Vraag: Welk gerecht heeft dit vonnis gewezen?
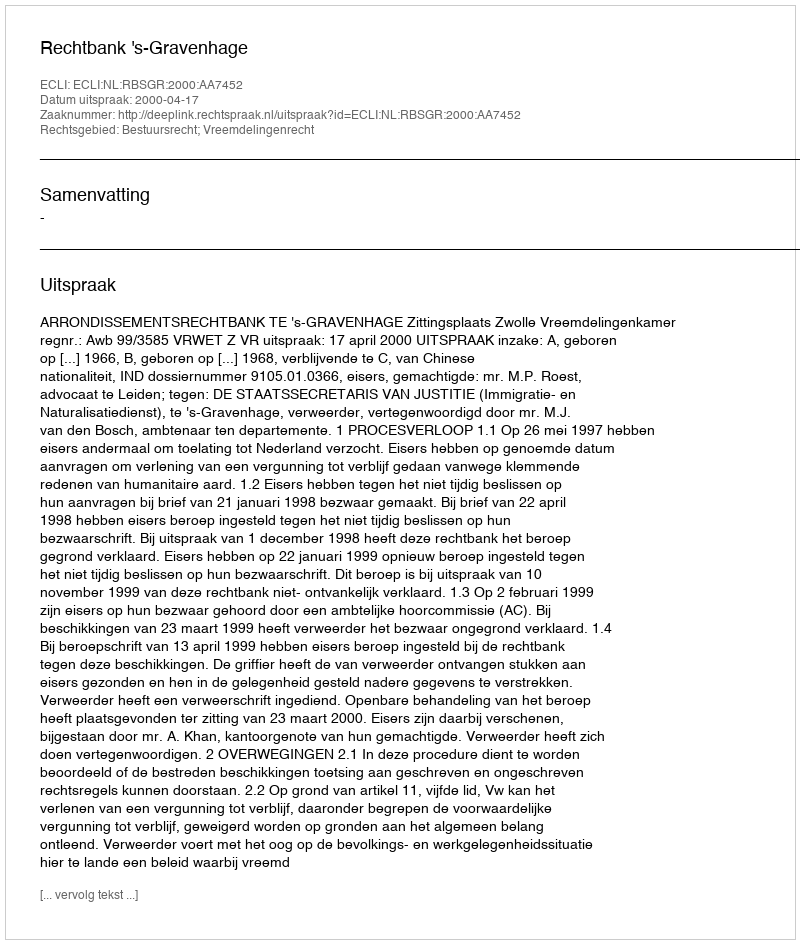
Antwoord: Rechtbank 's-Gravenhage